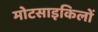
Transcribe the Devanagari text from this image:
मोटसाइकिलों